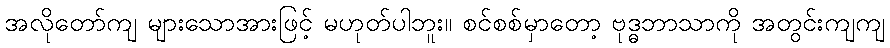
အလိုတော်ကျ များသောအားဖြင့် မဟုတ်ပါဘူး။ စင်စစ်မှာတော့ ဗုဒ္ဓဘာသာကို အတွင်းကျကျ